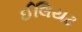
ઈલિયટ